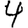
Digit: 4